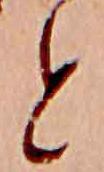
と